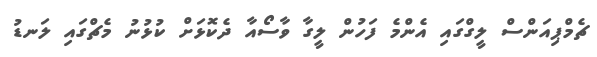
ޗެމްޕިއަންސް ލީގްގައި އެންމެ ފަހުން ލީގާ ވާސޯއާ ދެކޮޅަށް ކުޅުނު މެޗްގައި ލަނޑު